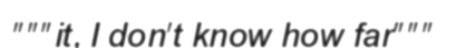
"""it, I don't know how far"""